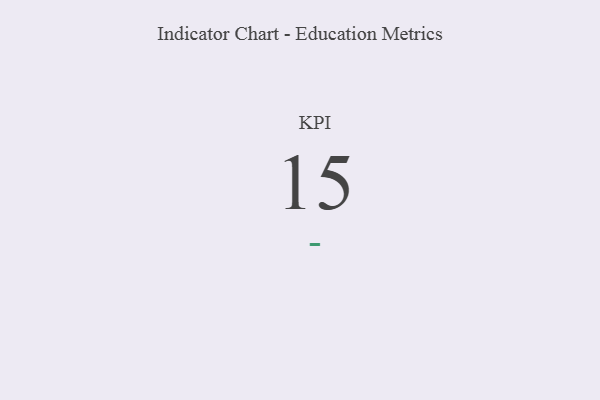
{"axis": {"x": "KPI", "y": "Value"}, "legend": [""], "data": [{"x": "KPI", "y": 15, "type": ""}]}